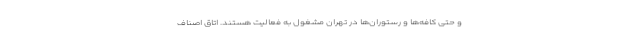
و حتی کافه‌ها و رستوران‌ها در تهران مشغول به فعالیت هستند. اتاق اصناف